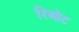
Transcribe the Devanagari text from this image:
रिओट